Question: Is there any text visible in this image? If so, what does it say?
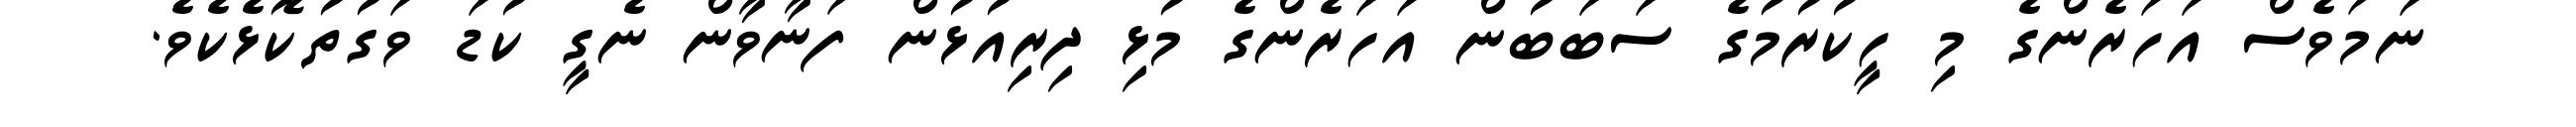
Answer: ނަމަވެސް އަހަރެންގެ މި ހީކުރުމުގެ ސަބަބުން އަހަރެންގެ މުޅި ދިރިއުޅުން ފަނާވާން ނެގީ ކުޑަ ވަގުތުކޮޅެކެވެ.